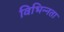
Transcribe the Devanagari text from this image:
विभिन्‍नता